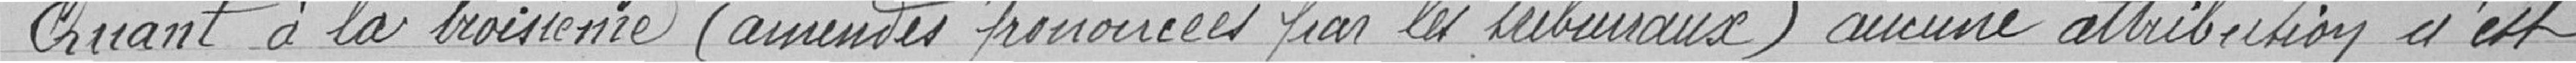
Quant à la troisième ' annexes prononcées par les tribunaux) aucune attribution n'est